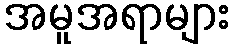
အမူအရာများ